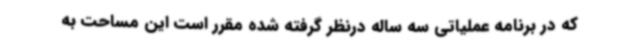
که در برنامه عملیاتی سه ساله درنظر گرفته شده مقرر است این مساحت به